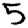
Digit: 5